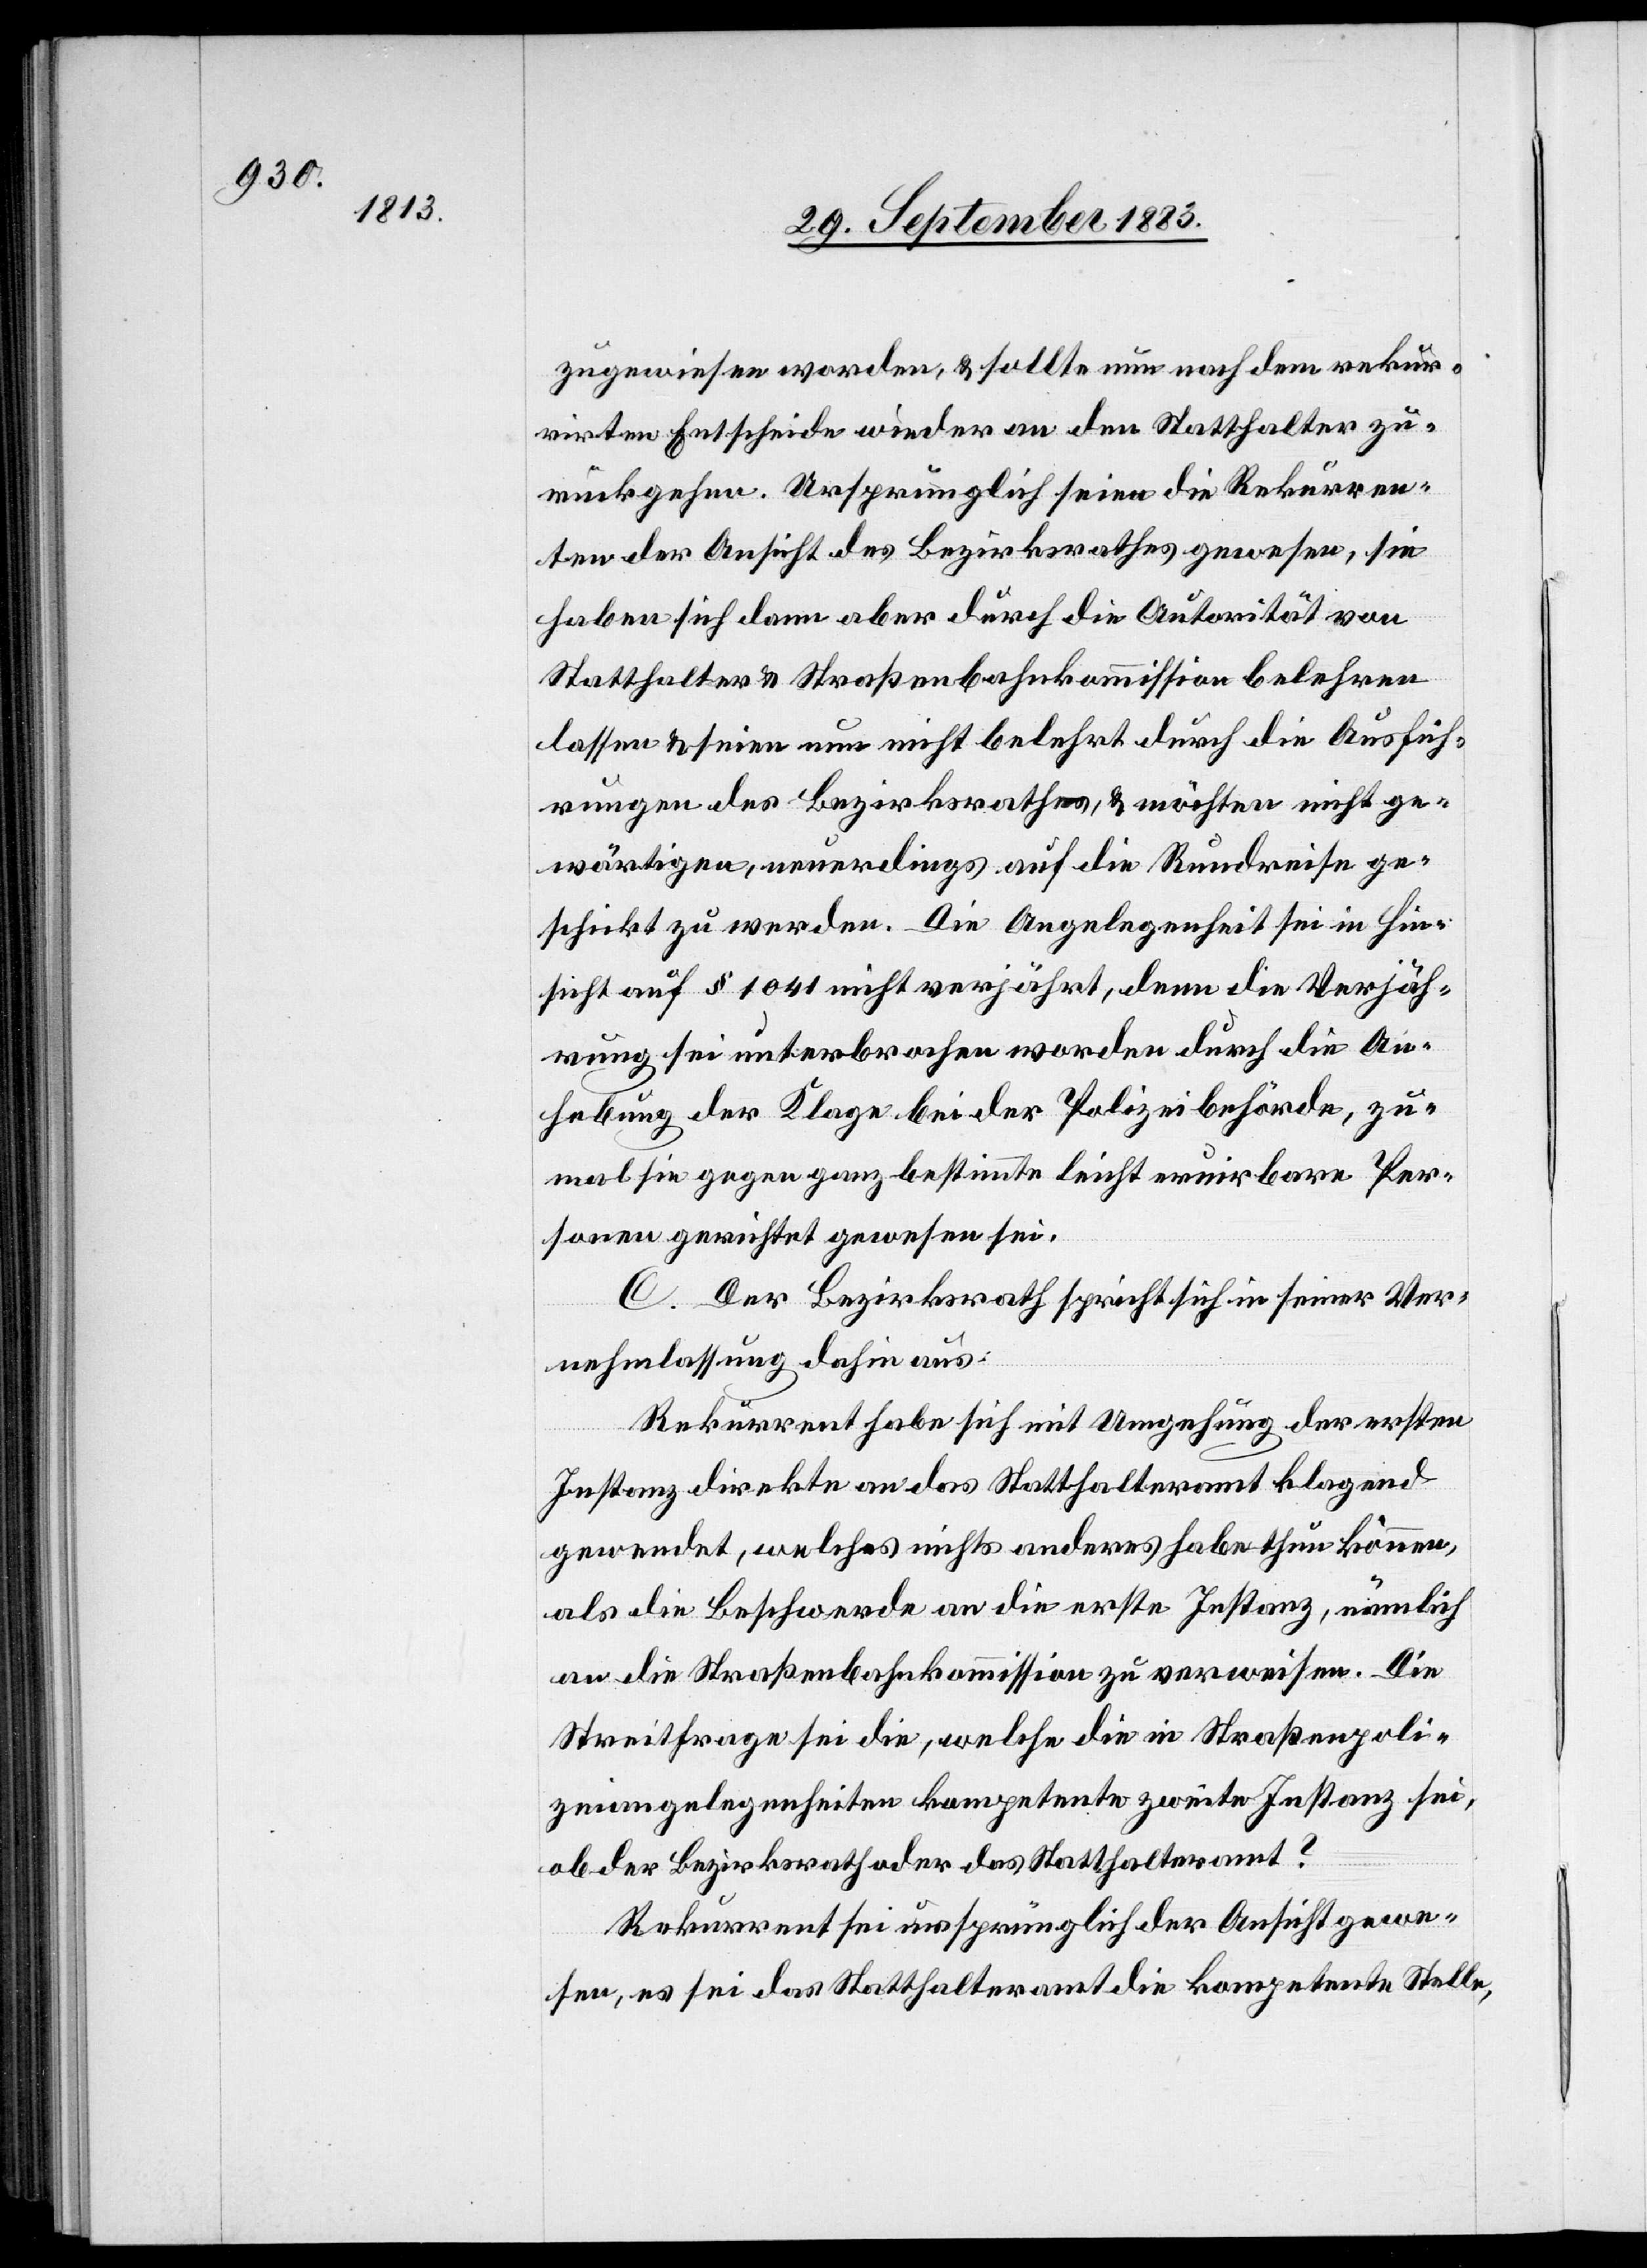
zugewiesen worden, & sollte nun nach dem rekur¬
rirten Entscheide wieder an den Statthalter zu¬
rückgehen. Ursprünglich seien die Rekurren¬
ten der Ansicht des Bezirksrathes gewesen, sie
haben sich dann aber durch die Autorität von
Statthalter & Straßenbahnkommission belehren
lassen & seien nun nicht belehrt durch die Ausfüh¬
rungen des Bezirksrathes, & möchten nicht ge¬
wärtigen, neuerdings auf die Rundreise ge¬
schickt zu werden. Die Angelegenheit sei in Hin¬
sicht auf § 1041 nicht verjährt, denn die Verjäh¬
rung sei unterbrochen worden durch die An¬
hebung der Klage bei der Polizeibehörde, zu¬
mal sie gegen ganz bestimmte leicht eruirbare Per¬
sonen gerichtet gewesen sei.
C. Der Bezirksrath spricht sich in seiner Ver¬
nehmlassung dahin aus:
Rekurrent habe sich mit Umgehung der ersten
Instanz direkte an das Statthalteramt klagend
gewendet, welches nichts anderes habe thun können,
als die Beschwerde an die erste Instanz, nämlich
die Straßenbahnkommission zu verweisen. Die
Streitfrage sei die, welche die in Straßenpoli¬
zeiangelegenheiten kompetente zweite Instanz sei,
ob der Bezirksrath oder das Statthalteramt?
Rekurrent sei nun ursprünglich der Ansicht gewe¬
sen, es sei das Statthalteramt die kompetente Stelle,